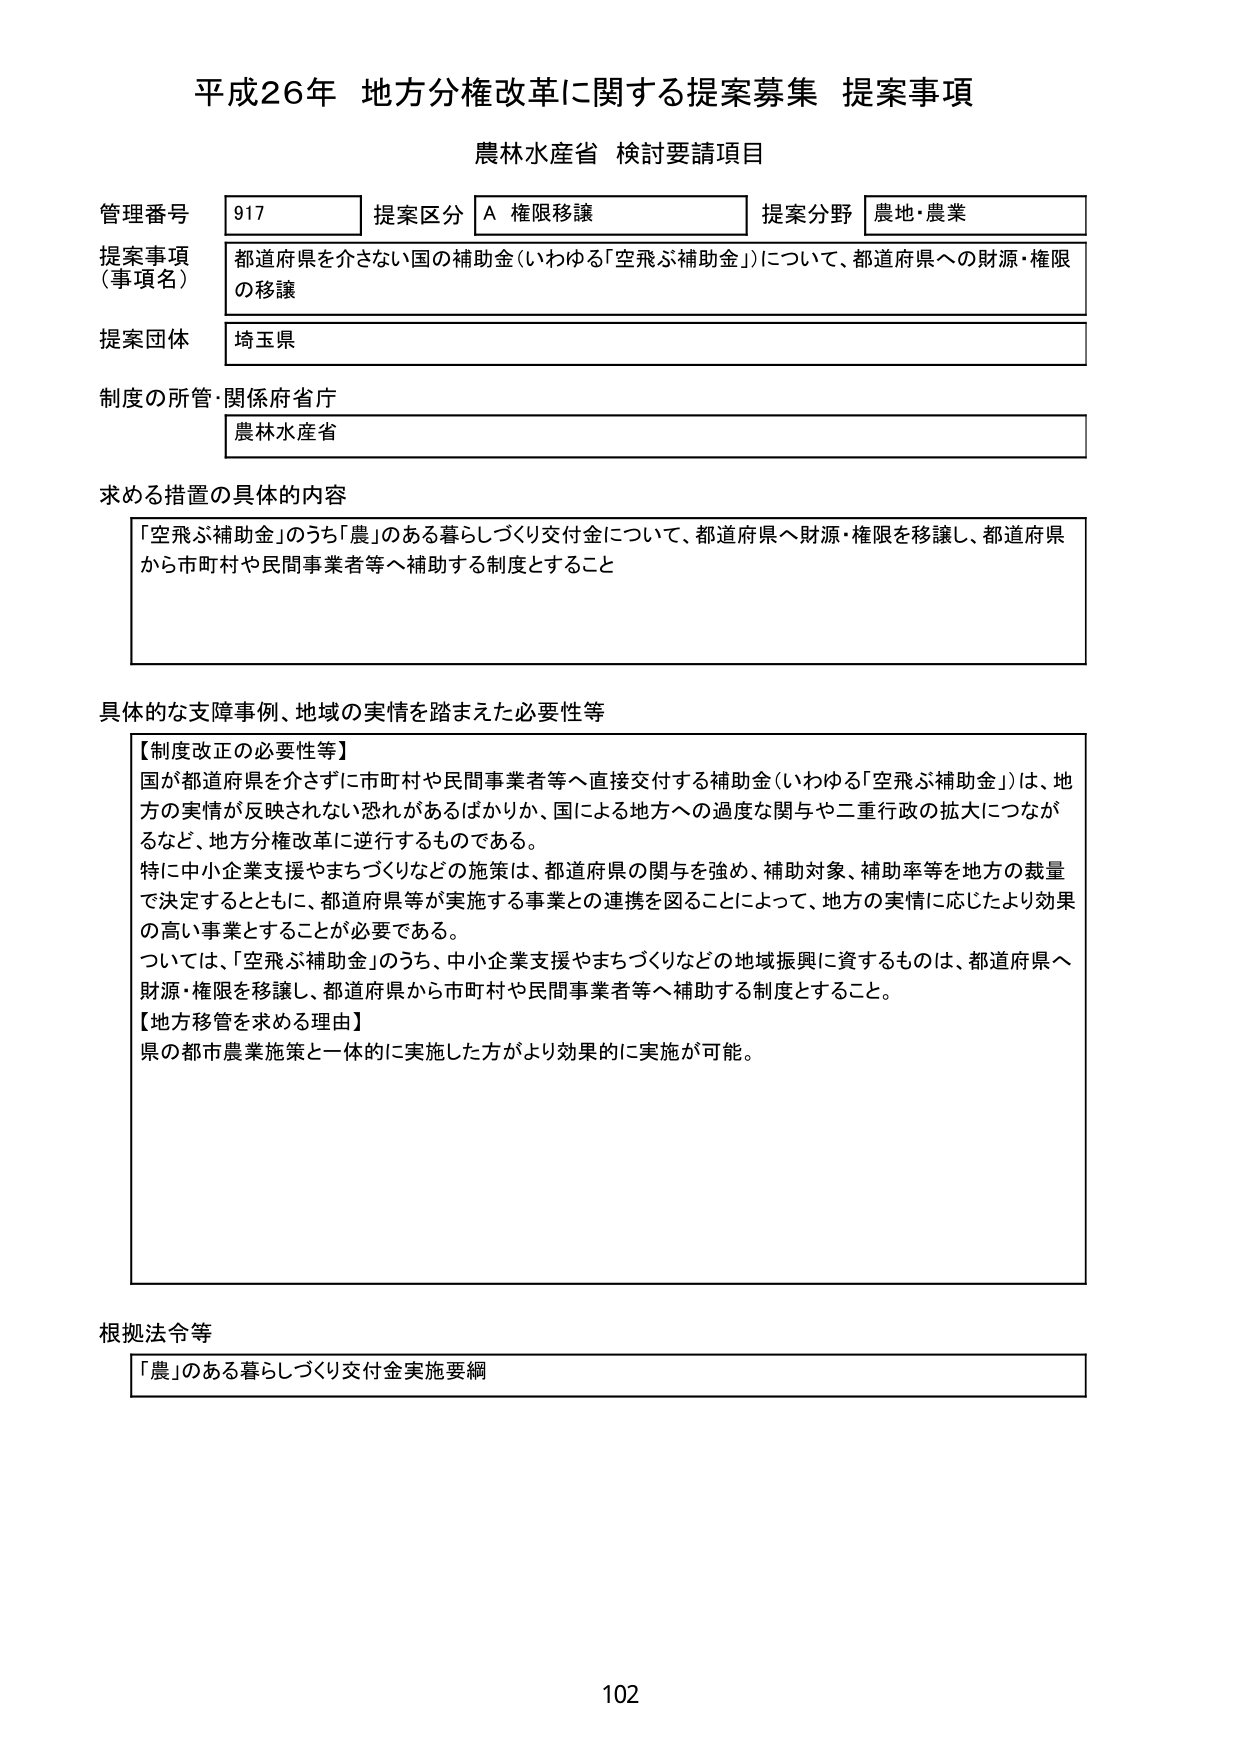
平成26年 地方分権改革に関する提案募集 提案事項
農林水産省 検討要請項目

管理番号 917 提案区分 A 権限移譲 提案分野 農地・農業
提案事項（事項名） 都道府県を介さない国の補助金（いわゆる「空飛ぶ補助金」）について、都道府県への財源・権限の移譲
提案団体 埼玉県
制度の所管・関係府省庁 農林水産省

求める措置の具体的な内容
「空飛ぶ補助金」のうち「農」のある暮らしづくり交付金について、都道府県へ財源・権限を移譲し、都道府県から市町村や民間事業者等へ補助する制度とすること

具体的な支障事例、地域の実情を踏まえた必要性等
【制度改正の必要性等】
国が都道府県を介さずに市町村や民間事業者等へ直接交付する補助金（いわゆる「空飛ぶ補助金」）は、地方の実情が反映されない恐れがあるばかりか、国による地方への過度な関与や二重行政の拡大につながるなど、地方分権改革に逆行するものである。
特に中小企業支援やまちづくりなどの施策は、都道府県の関与を強め、補助対象、補助率等を地方の裁量で決定するとともに、都道府県等が実施する事業との連携を図ることによって、地方の実情に応じたより効果の高い事業とすることが必要である。
ついては、「空飛ぶ補助金」のうち、中小企業支援やまちづくりなどの地域振興に資するものは、都道府県へ財源・権限を移譲し、都道府県から市町村や民間事業者等へ補助する制度とすること。
【地方移管を求める理由】
県の都市農業施策と一体的に実施した方がより効果的に実施が可能。

根拠法令等
「農」のある暮らしづくり交付金実施要綱

102